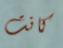
كانت